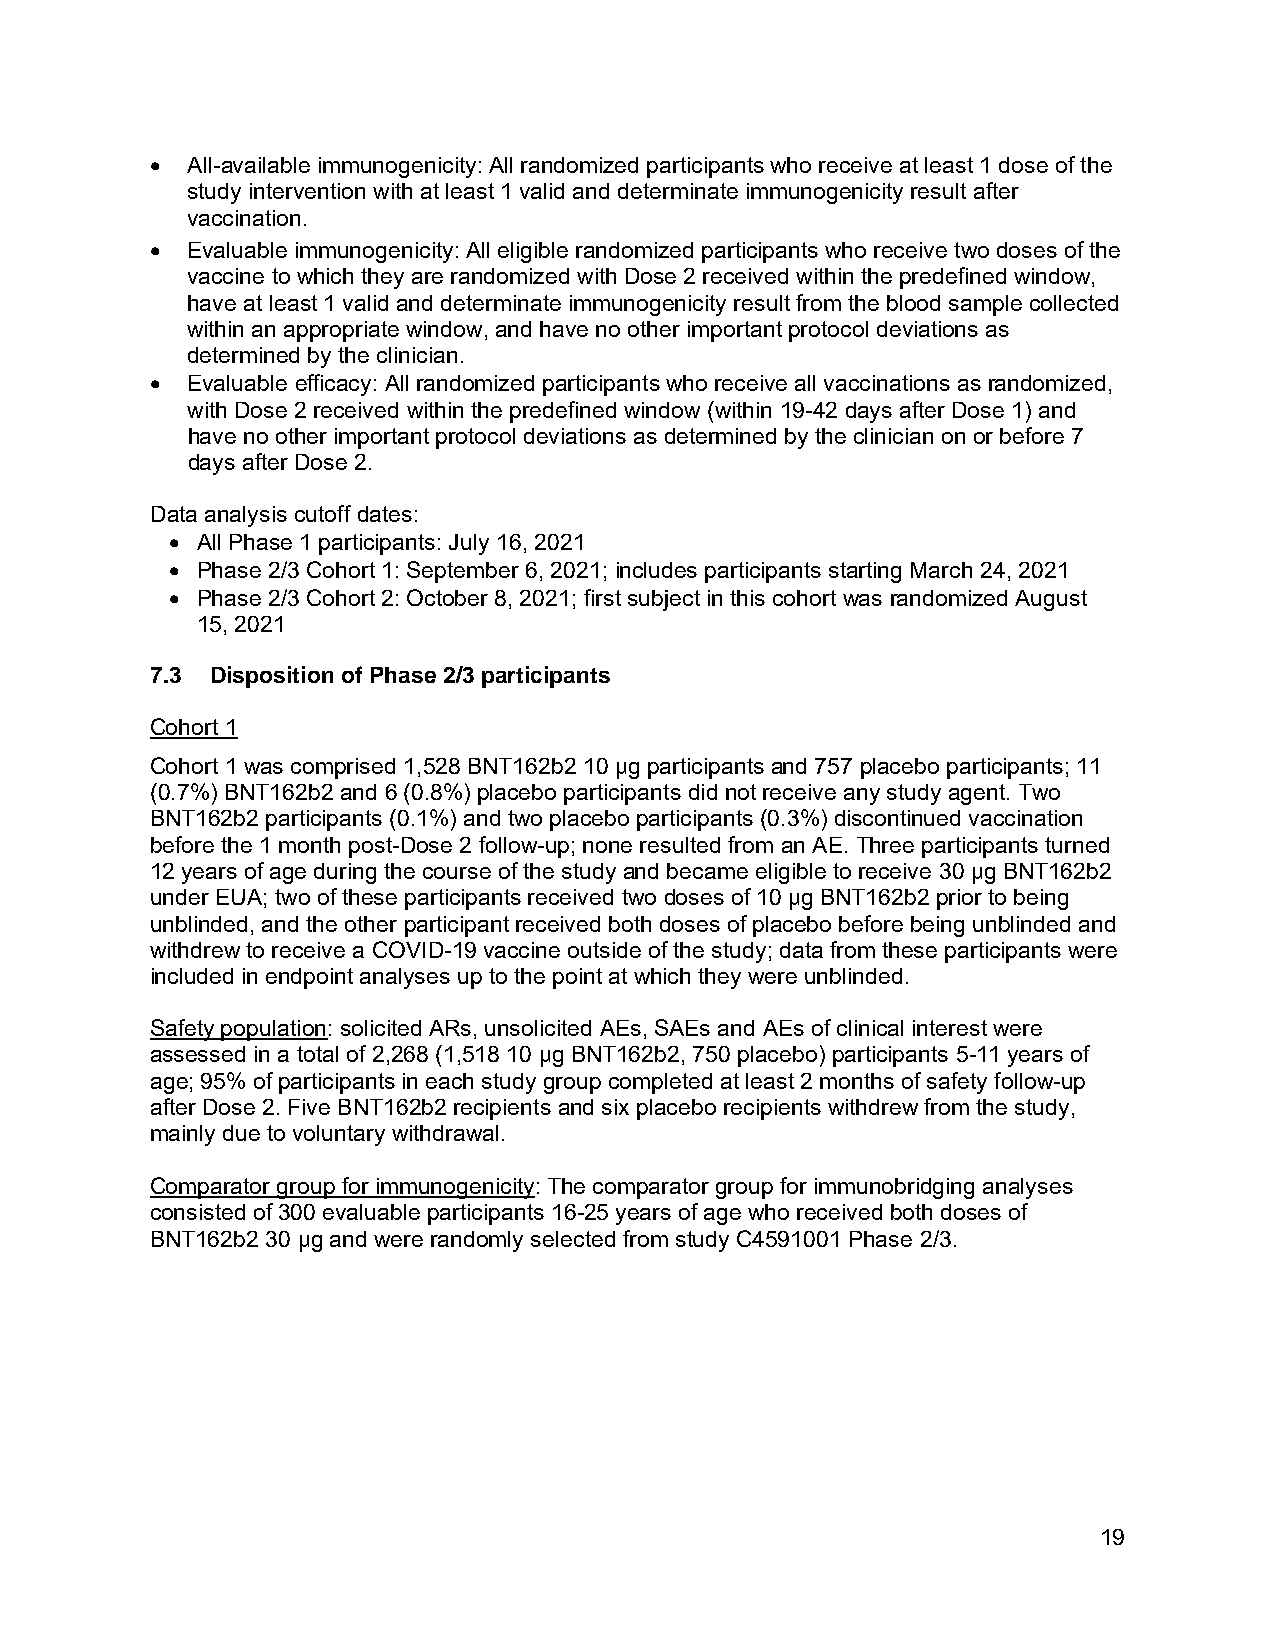
• All-available immunogenicity: All randomized participants who receive at least 1 dose of the
 study intervention with at least 1 valid and determinate immunogenicity result after
 vaccination.
 • Evaluable immunogenicity: All eligible randomized participants who receive two doses of the
 vaccine to which they are randomized with Dose 2 received within the predefined window,
 have at least 1 valid and determinate immunogenicity result from the blood sample collected
 within an appropriate window, and have no other important protocol deviations as
 determined by the clinician.
 • Evaluable efficacy: All randomized participants who receive all vaccinations as randomized,
 with Dose 2 received within the predefined window (within 19-42 days after Dose 1) and
 have no other important protocol deviations as determined by the clinician on or before 7
 days after Dose 2.
 Data analysis cutoff dates:
 • All Phase 1 participants: July 16, 2021
 • Phase 2/3 Cohort 1: September 6, 2021; includes participants starting March 24, 2021
 • Phase 2/3 Cohort 2: October 8, 2021; first subject in this cohort was randomized August
 15, 2021
 7.3 Disposition of Phase 2/3 participants
 Cohort 1
 Cohort 1 was comprised 1,528 BNT162b2 10 µg participants and 757 placebo participants; 11
 (0.7%) BNT162b2 and 6 (0.8%) placebo participants did not receive any study agent. Two
 BNT162b2 participants (0.1%) and two placebo participants (0.3%) discontinued vaccination
 before the 1 month post-Dose 2 follow-up; none resulted from an AE. Three participants turned
 12 years of age during the course of the study and became eligible to receive 30 μg BNT162b2
 under EUA; two of these participants received two doses of 10 μg BNT162b2 prior to being
 unblinded, and the other participant received both doses of placebo before being unblinded and
 withdrew to receive a COVID-19 vaccine outside of the study; data from these participants were
 included in endpoint analyses up to the point at which they were unblinded.
 Safety population: solicited ARs, unsolicited AEs, SAEs and AEs of clinical interest were
 assessed in a total of 2,268 (1,518 10 µg BNT162b2, 750 placebo) participants 5-11 years of
 age; 95% of participants in each study group completed at least 2 months of safety follow-up
 after Dose 2. Five BNT162b2 recipients and six placebo recipients withdrew from the study,
 mainly due to voluntary withdrawal.
 Comparator group for immunogenicity: The comparator group for immunobridging analyses
 consisted of 300 evaluable participants 16-25 years of age who received both doses of
 BNT162b2 30 µg and were randomly selected from study C4591001 Phase 2/3.
 19